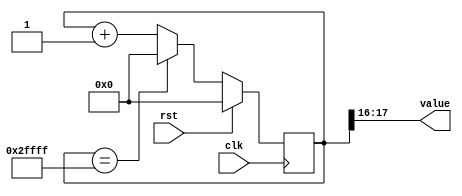
module counter_7 (
    input clk,
    input rst,
    output reg [1:0] value
  );
  
  localparam SIZE = 2'h2;
  localparam DIV = 5'h10;
  localparam TOP = 3'h2;
  localparam UP = 1'h1;
  
  
  reg [17:0] M_ctr_d, M_ctr_q = 1'h0;
  
  localparam MAX_VALUE = 19'h2ffff;
  
  always @* begin
    M_ctr_d = M_ctr_q;
    
    value = M_ctr_q[16+1-:2];
    if (1'h1) begin
      M_ctr_d = M_ctr_q + 1'h1;
      if (1'h1 && M_ctr_q == 19'h2ffff) begin
        M_ctr_d = 1'h0;
      end
    end else begin
      M_ctr_d = M_ctr_q - 1'h1;
      if (1'h1 && M_ctr_q == 1'h0) begin
        M_ctr_d = 19'h2ffff;
      end
    end
  end
  
  always @(posedge clk) begin
    if (rst == 1'b1) begin
      M_ctr_q <= 1'h0;
    end else begin
      M_ctr_q <= M_ctr_d;
    end
  end
  
endmodule